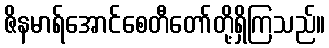
ဇိနမာရ်အောင်စေတီတော်တို့ရှိကြသည်။